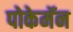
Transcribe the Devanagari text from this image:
पोकेमॅन